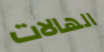
الهالات